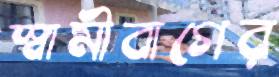
স্বামীবাগের